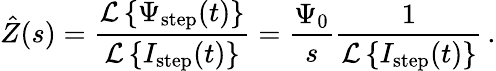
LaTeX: \hat{Z}(s)=\frac{\mathcal{L}\left\{ \Psi_{\mathrm{step}}(t)\right\} }{\mathcal{L}\left\{ I_{\mathrm{step}}(t)\right\} }=\frac{\Psi_{0}}{s}\frac{1}{\mathcal{L}\left\{ I_{\mathrm{step}}(t)\right\} }\, .